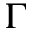
\Gamma